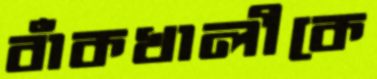
বাঁকখালীকে